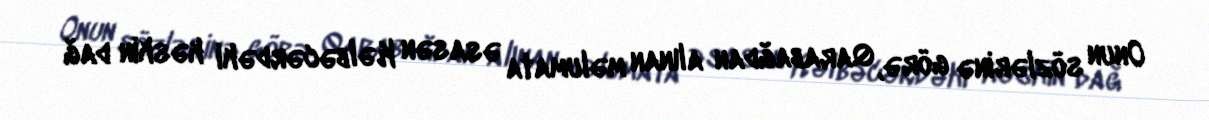
Onun sözlərinə görə, Qarabağdan alınan məlumata əsasən Kəlbəcərdəki kəskin dağ